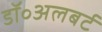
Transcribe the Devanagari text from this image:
डॉ॰अलबर्ट